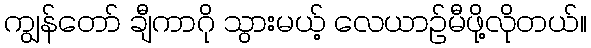
ကျွန်တော် ချီကာဂို သွားမယ့် လေယာဉ်မီဖို့လိုတယ်။